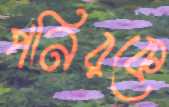
পনিরকে